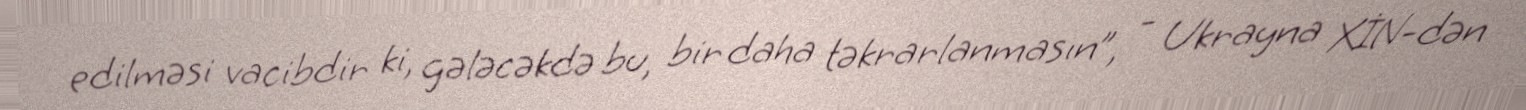
edilməsi vacibdir ki, gələcəkdə bu, bir daha təkrarlanmasın”, - Ukrayna XİN-dən